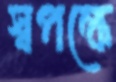
স্বপক্ষে